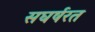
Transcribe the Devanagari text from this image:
सघर्षरत